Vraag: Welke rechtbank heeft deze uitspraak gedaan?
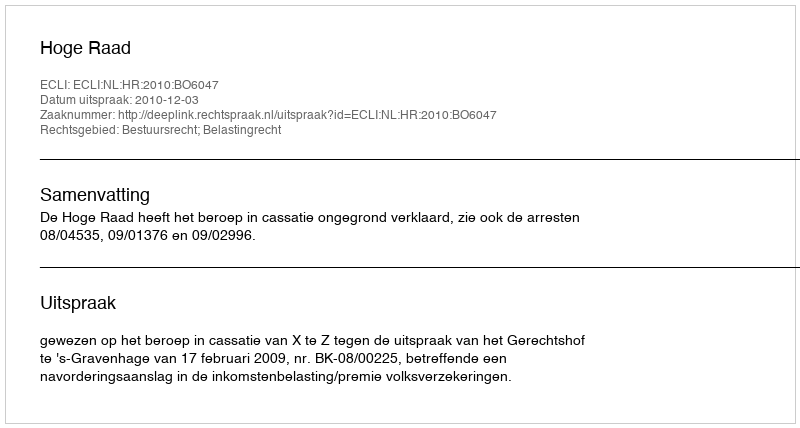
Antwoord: Hoge Raad